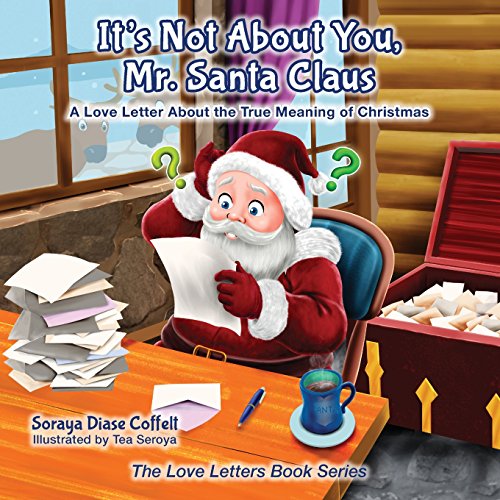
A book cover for It's Not About You Mr. Santa Claus: A Love Letter About the True Meaning of Christmas (Morgan James Kids); Soraya Diase Coffelt; Children's Books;